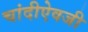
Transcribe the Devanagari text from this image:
चांदीऐवजी